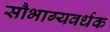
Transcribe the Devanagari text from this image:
सौभाग्यवर्धक